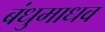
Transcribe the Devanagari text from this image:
बंधुमाधव